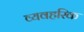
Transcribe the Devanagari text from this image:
व्यवहरिक